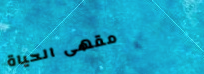
مقهى الحياة